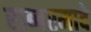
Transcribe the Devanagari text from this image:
राब्बरमादे